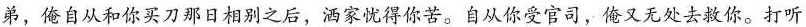
弟，俺自从和你买刀那日相别之后，洒家忧得你苦。自从你受官司，俺又无处去救你。打听